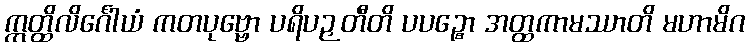
ဣတ္ထိလိင်္ဂေါယံ ကတပုဗ္ဗော ပရိပဉှတီတိ ပပဉ္စော အတ္ထကာမဿာတိ မဟာမိဂ